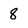
Character: 8